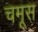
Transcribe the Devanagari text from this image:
चमूस